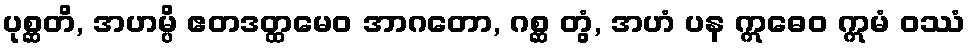
ပုစ္ဆတိ, အဟမ္ပိ ဧတဒတ္ထမေဝ အာဂတော, ဂစ္ဆ တွံ, အဟံ ပန ဣဓေဝ ဣမံ ဝဿံ